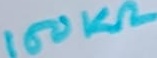
Text: 150KΩ